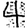
Digit: 4